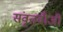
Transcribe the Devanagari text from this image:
संवृतवीजी